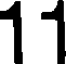
11